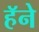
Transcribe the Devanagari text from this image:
हॅने